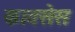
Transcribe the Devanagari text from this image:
कावसेस